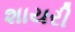
શાયરી